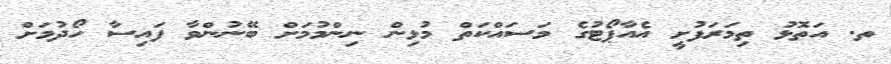
ތ. އަތޮޅު ތިމަރަފުށީ އެއާޕޯޓުގެ މަސައްކަތް މުޅިން ނިންމުމަށް ބޭނުންވާ ފައިސާ ހޯދުމަށް